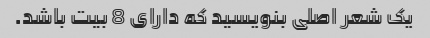
یک شعر اصلی بنویسید که دارای 8 بیت باشد.